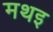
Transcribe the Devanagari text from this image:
मथइ